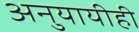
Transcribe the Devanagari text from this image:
अनुयायीही